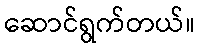
ဆောင်ရွက်တယ်။